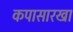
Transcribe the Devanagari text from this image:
कपासारखा